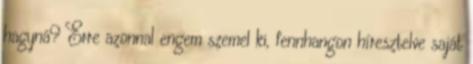
hagyná? Erre azonnal engem szemel ki, fennhangon híresztelve saját